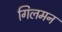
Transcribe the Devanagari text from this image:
गिलमन